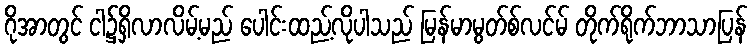
ဂိုအာတွင် ငါ၌ရှိလာလိမ့်မည် ပေါင်းထည့်လိုပါသည် မြန်မာမွတ်စ်လင်မ် တိုက်ရိုက်ဘာသာပြန်